Report on the lunatic asylums under the Government of Bombay - 1904-1913
Year: 1904
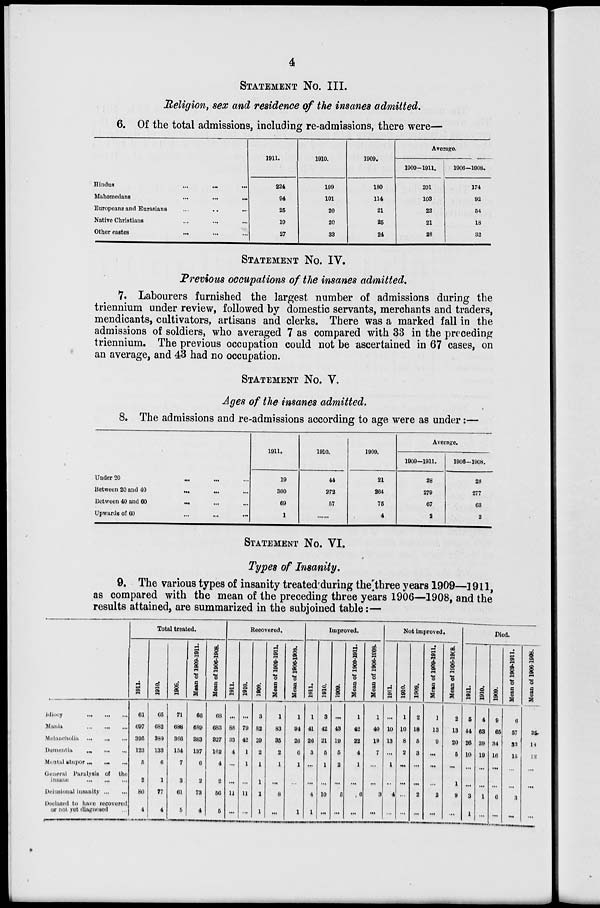
4
STATEMENT No. III.
Religion, sex and residence of the insanes admitted.
6. Of the total admissions, including re-admissions, there were—
Hindus ... ... ...
Mahomedans
...
...
...
Europeans and Eurasians ... ... ...
Native Christians
...
...
...
Other castes
...
...
...
1911.
224
94
25
19
27
1910.
199
101
20
20
83
1909.
180
114
21
25
24
Average.
1909–1911.
201
103
22
21
28
1906—1908.
174
92
54
18
32
STATEMENT No. IV.
Previous occupations of the insanes admitted.
7. Labourers furnished the largest number of admissions during the
triennium under review, followed by domestic servants, merchants and traders,
mendicants, cultivators, artisans and clerks. There was a marked fall in the
admissions of soldiers, who averaged 7 as compared with 33 in the preceding
triennium. The previous occupation could not be ascertained in 67 cases, on
an average, and 43 had no occupation.
STATEMENT No. V.
Ages of the insanes admitted.
8. The admissions and re-admissions according to age were as under:—
Under 20 ... ... ...
Between 20 and 40 ... ... ...
Between 40 and 60
...
...
...
Upwards of 60 ... ... ...
1911.
19
300
69
1
1910.
44
272
67
...
1909.
21
264
75
4
Average.
1909—1911.
28
279
67
2
1906-1908.
28
277
63
2
STATEMENT No. VI.
Types of Insanity.
9. The various types of insanity treated during the three years 1909—1911,
as compared with the mean of the preceding three years 1906—1908, and the
results attained, are summarized in the subjoined table:—
Idiocy
...
...
...
Mania
...
...
...
Melancholia
...
...
...
Dementia
...
...
...
Mental stupor ... ... ...
General Paralysis of the
insane ... ... ...
Delusional insanity ... ...
Declared to have recovered
or not yet diagnosed ...
Total treated.
1911.
61
697
395
123
5
2
80
4
1910.
65
682
339
133
6
1
77
4
1909.
71
688
366
154
7
3
61
5
Mean of 1909-1911.
66
689
883
137
6
2
73
4
Mean of 1906-1908.
68
683
827
162
4
2
56
5
Recovered.
1911.
...
88
33
4
...
...
11
...
1910.
...
79
42
1
1
...
11
...
1909.
3
82
20
2
1
1
1
1
Mean of 1909-1911.
1
83
35
2
1
...
8
...
Mean of 1906-1908.
1
94
26
6
1
...
...
1
Improved.
1911.
1
41
26
3
...
...
4
1
1910.
3
42
21
5
1
...
10
...
1909.
...
43
19
5
2
...
5
...
Mean of 1909-1911.
1
42
22
4
1
...
6
...
Mean of 1906-1908.
1
40
19
7
...
...
3
...
Not improved.
1911.
...
10
13
...
1
...
4
...
1910.
1
10
8
2
...
...
...
...
1909.
2
18
5
3
...
...
2
...
Mean of 1909-1911.
1
13
9
...
...
...
2
...
Mean of 1906-1908.
2
13
20
5
...
1
9
...
Died.
1911.
5
44
26
10
...
...
3
1
1910.
4
68
39
19
...
...
1
...
1909.
9
65
34
16
...
...
6
...
Mean of 1909-1911.
6
57
33
15
...
...
3
...
Mean of 1906-1908.
35
18
12
...
...
...